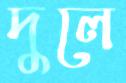
দুলে